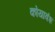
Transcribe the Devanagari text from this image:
कोयावंश